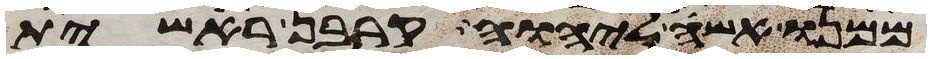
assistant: ממנו אשה ליהוה קרבן ראשית